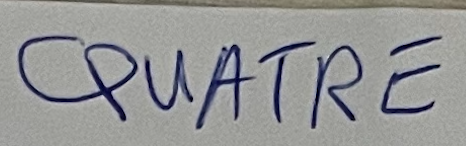
QUATRE